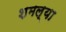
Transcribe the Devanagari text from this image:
शमल्या